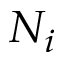
N _ { i }